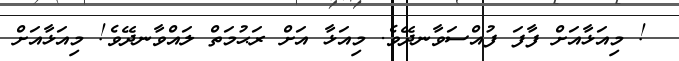
! މިއަޅާއަށް ފާފަ ފުއްސަވާނދޭވެ. މިއަޅާ އަށް ރަޙުމަތް ލައްވާނދޭވެ! މިއަޅާއަށް